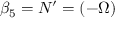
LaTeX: \beta _ { 5 } = N ^ { \prime } = ( - \Omega )